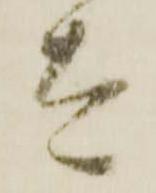
太